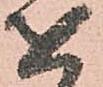
を